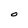
Character: O